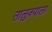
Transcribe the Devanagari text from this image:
तालुक्‍याला